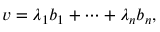
v = \lambda _ { 1 } b _ { 1 } + \cdots + \lambda _ { n } b _ { n } ,